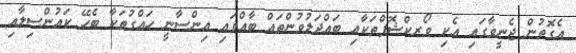
އެގޮތުން ޖެނީވާގައި އެކި ވޯރކްޝޮޕްތަކާއި ބައްދަލުވުންތައް ބާއްވައި އިންސާނީ ހައްގުތަކާ ބެހޭ ކައުންސިލާއި